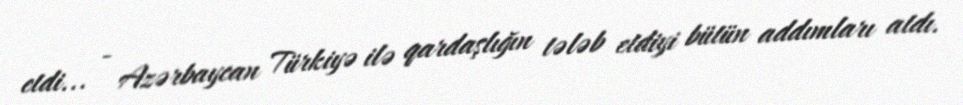
etdi... - Azərbaycan Türkiyə ilə qardaşlığın tələb etdiyi bütün addımları atdı.